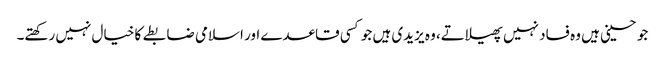
جو حسینی ہیں وہ فساد نہیں پھیلاتے، وہ یزیدی ہیں جو کسی قاعدے اور اسلامی ضابطے کا خیال نہیں رکھتے۔